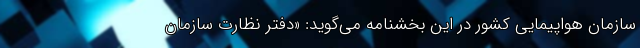
سازمان هواپیمایی کشور در این بخشنامه می‌گوید: «دفتر نظارت سازمان